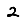
Digit: 2